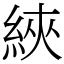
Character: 綊